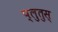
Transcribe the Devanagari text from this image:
प्लुतुस्